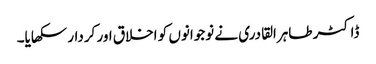
ڈاکٹر طاہرالقادری نے نوجوانوں کو اخلاق اور کردار سکھایا۔